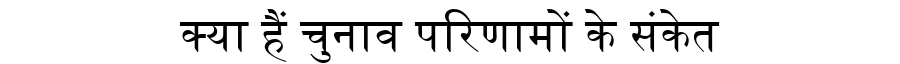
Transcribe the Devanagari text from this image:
क्या हैं चुनाव परिणामों के संकेत